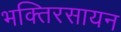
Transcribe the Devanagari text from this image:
भक्तिरसायन